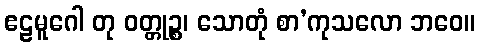
ဧဠမူဂေါ တု ဝတ္တုဉ္စ၊ သောတုံ စာ’ကုသလော ဘဝေ။